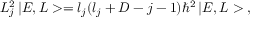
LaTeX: L _ { j } ^ { 2 } \, | E , L > = l _ { j } ( l _ { j } + D - j - 1 ) \hbar ^ { 2 } \, | E , L > \; ,